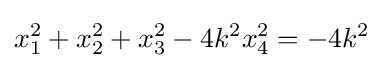
x_{1}^{2}+x_{2}^{2}+x_{3}^{2}-4k^{2}x_{4}^{2}=-4k^{2}